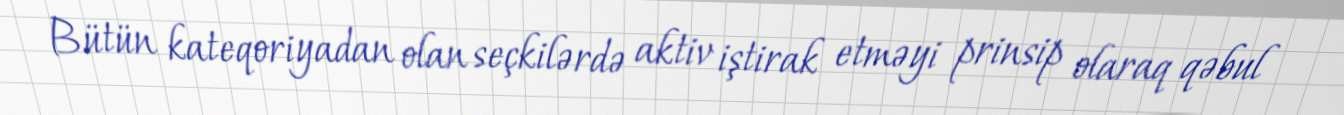
Bütün kateqoriyadan olan seçkilərdə aktiv iştirak etməyi prinsip olaraq qəbul